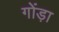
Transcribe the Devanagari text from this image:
गोंड़ा